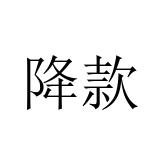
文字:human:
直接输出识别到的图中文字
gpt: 降款